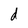
Character: d